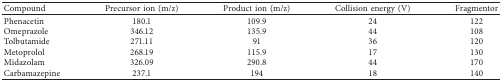
| Compound | Precursor ion (m/z) | Product ion (m/z) | Collision energy (V) | Fragmentor |
 | --- | --- | --- | --- | --- |
 | Phenacetin | 180.1 | 109.9 | 24 | 122 |
 | Omeprazole | 346.12 | 135.9 | 44 | 108 |
 | Tolbutamide | 271.11 | 91 | 36 | 120 |
 | Metoprolol | 268.19 | 115.9 | 17 | 130 |
 | Midazolam | 326.09 | 290.8 | 44 | 170 |
 | Carbamazepine | 237.1 | 194 | 18 | 140 |